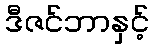
ဒီဇင်ဘာနှင့်